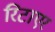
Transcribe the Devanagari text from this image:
रिटाएर